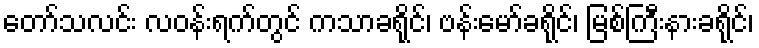
တော်သလင်း လဝန်းရက်တွင် ကသာခရိုင်၊ ဗန်းမော်ခရိုင်၊ မြစ်ကြီးနားခရိုင်၊